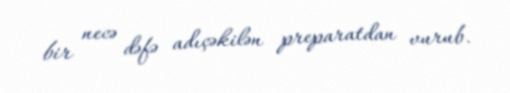
bir necə dəfə adıçəkilən preparatdan vurub.